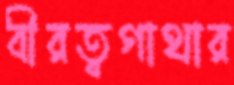
বীরত্বগাথার